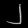
Digit: ၂